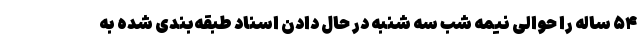
۵۴ ساله را حوالی نیمه شب سه شنبه در حال دادن اسناد طبقه‌بندی شده به